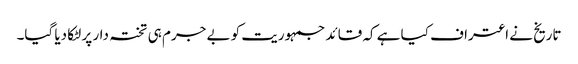
تاریخ نے اعتراف کیا ہے کہ قائد جمہوریت کو بے جرم ہی تختہ دار پر لٹکا دیا گیا۔